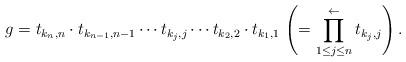
LaTeX: \begin{align*} g =t_{k_{n},n}\cdot t_{k_{n-1},n-1}\cdots t_{k_{j},j}\cdots t_{k_{2},2}\cdot t_{k_{1},1}\, \left(= \prod_{1\le j\le n}^{\gets} t_{k_{j},j} \right). \end{align*}